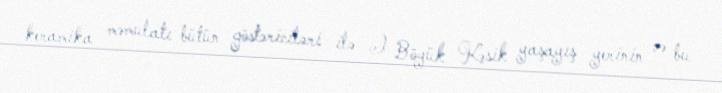
keramika məmulatı bütün göstəriciləri ilə I Böyük Kəsik yaşayış yerinin və bu